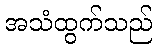
အသံထွက်သည်